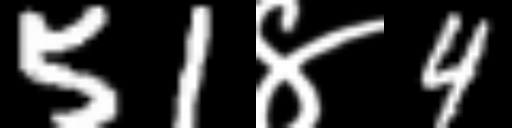
Text: 51४4